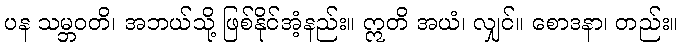
ပန သမ္ဘဝတိ၊ အဘယ်သို့ ဖြစ်နိုင်အံ့နည်း။ ဣတိ အယံ၊ လျှင်။ စောဒနာ၊ တည်း။